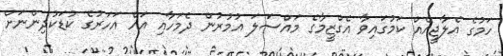
ހަމުގެ އެލާޖީއެއް ކަމުގައިވާ އެގްޒީމާގެ މައްސަލަ އުމުރުން ދެމަހާއި އައް އަހަރުގެ ކުޑަކުދިންނަށް